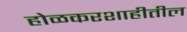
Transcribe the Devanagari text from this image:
होळकरशाहीतील